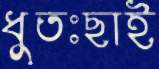
ধুতঃছাই